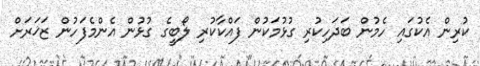
ކުރިން އެކުގައި ހެމުން ބަދަހިކުރި ގުޅުމަކުން ފައްކާކުރި ލޯބީގެ ގުޅުން އެންމެފަހުން ޒަޚަރަށް